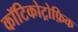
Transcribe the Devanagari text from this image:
कॉटिकोट्रोफ़िक